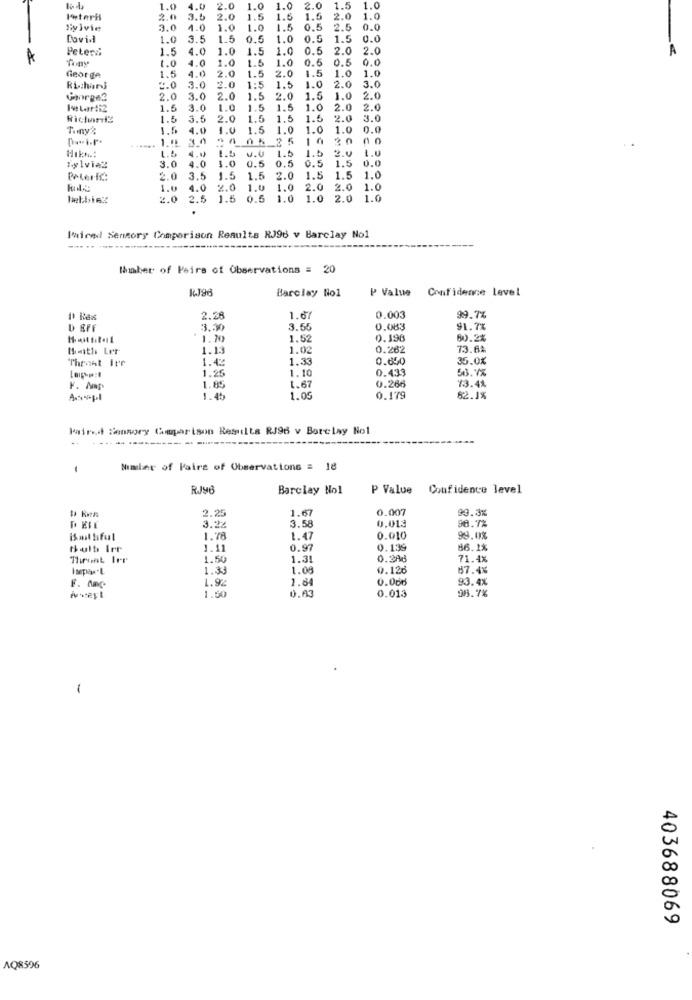
1.0
4.0
2.0
1.0
1.0 2.0
1.5
1.0
Ieterii
2.0
3.5
2.0
1.5
1.5
1.5
2.0
1.0
Sylvie
3.0
4.0
1.0
1.0
1.5
0.5
2.5
0.0
Covid
1.0
3.5
1.5
0.5
1.0
0.5
1.5
0.0
Peters
1.5
4.0
1.0
1.5
1.0
0.5
2.0
2.0
1.0
4.0
1.0
1.5
1.0
0.5
1.0
1.5
4.0
1.5
2.0
1.5
1.0
1.0
George
2.0
1.0
2.0
3.0
Richar}
2.0
3.0
2.0
1:5
1.5
George2
2.0
3.0
2.0
1.5
2.0
.. 5
1.0
2.0
1.5
3.0
1.0
1.5
1.5
1.0
2.0
2.0
Richard3
1.5
3.5
2.0
1.5
1.5
1.5
2.0
3.0
Tony:
1.6
4.0
1.5
1.0
1.0
1.0
0.0
......
. 1.1L
1.1 3 0
20
Hıkı .:
1.5
4.0
1.0
0.5
0.5
0.5
.5 2.0 1.0
1.5 0.0
sylvie2
3.0
4.0
Poteric:
2.0
3.5
1.5
1.5
2.0
1.5
1.5
1.0
1.0
4.0
2.0
1.0
1.0
2.0
2.0
1.0
lebbiex
2.0
2.5
1.5
0.5
1.0
1.0
2.0
1.0
Iwired Sensory Comparison Results RJ96 v Barclay No1
Mhmher of Pairs of Observations = 20
Barclay No1
P Value Confidence Level
2.28
1.67
0.003
99.7%
D EFE
3.30
3.55
0.083
91.7%
1.700
1.52
0.196
80.2%
Maith Ler
1.13
1.02
0.262
73.6%
Throat Ier
1.42
1.33
0.650
35.0%
1.25
1.10
0.439
563.7%
1.67
F. Nap
1.85
0.266
73.4%
1.45
1.05
0.179
62.1%
Paired Sensory Comparison Results RJ96 v Barclay Nol
-
Number of Pairs of Observations = 18
RJ4B
Barclay No1
P Value
Confidence level
2.25
1.67
0.007
93.3%
88.7%
3.22
3.58
0.013
1.78
1.47
0.010
99.08
Bulb Irr
1.11
0.97
0.13
86.1%
Throat Ier
1.50
1.3
0.286
71.4%
1.33
1.09
0.126
87.4%
1.92
2.84
0.000
93.4%
F. Mnc
1.50
0.A3
0.013
98.7%
-
403688069
AQ8596